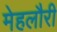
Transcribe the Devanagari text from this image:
मेहलौरी